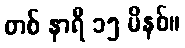
တစ် နာရီ ၁၅ မိနစ်။